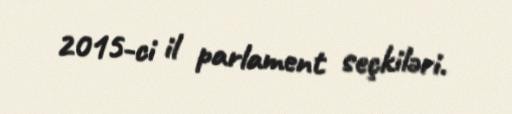
2015-ci il parlament seçkiləri.